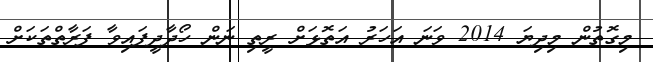
މިގޮތުން މިދިޔަ 2014 ވަނަ އަހަރު އަތޮޅަށް ރީތި ނަން ހޯދާދީފައިވާ ފަރާތްތަކަށް